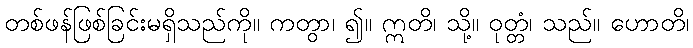
တစ်ဖန်ဖြစ်ခြင်းမရှိသည်ကို။ ကတွာ၊ ၍။ ဣတိ၊ သို့။ ဝုတ္တံ၊ သည်။ ဟောတိ၊